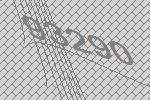
93290